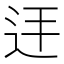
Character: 𮷞